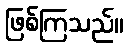
ဖြစ်ကြသည်။